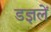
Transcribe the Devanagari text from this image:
डज्ञलें